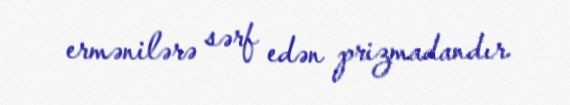
ermənilərə sərf edən prizmadandır.